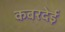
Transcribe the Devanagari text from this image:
कबरदेई